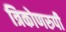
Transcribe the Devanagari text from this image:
त्रिकोणरुपी